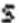
S